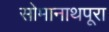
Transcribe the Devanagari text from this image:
सोमानाथपूरा